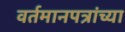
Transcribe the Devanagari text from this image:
वर्तमानपत्रांच्या